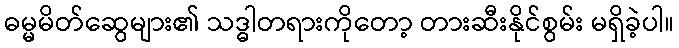
ဓမ္မမိတ်ဆွေများ၏ သဒ္ဓါတရားကိုတော့ တားဆီးနိုင်စွမ်း မရှိခဲ့ပါ။